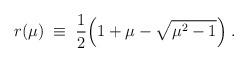
LaTeX: \begin{align*}r(\mu) \; \equiv \; \frac{1}{2} \Big( 1 + \mu - \sqrt{\mu^2 - 1} \Big) \; .\end{align*}